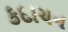
કદાચન